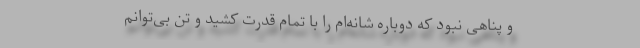
و پناهی نبود که دوباره شانه‌ام را با تمام قدرت کشید و تن بی‌توانم